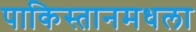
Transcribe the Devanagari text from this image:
पाकिस्तानमधला